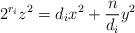
LaTeX: \begin{align*} 2^{r_i}z^2=d_ix^2+\frac n{d_i} y^2\end{align*}